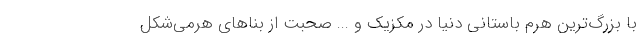
با بزرگ‌ترین هرم باستانی دنیا در مکزیک و ... صحبت از بناهای هرمی‌شکل